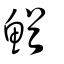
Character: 鰌